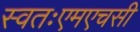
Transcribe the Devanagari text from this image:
स्वतःएमएचसी